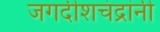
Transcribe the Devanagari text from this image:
जगदीशचंद्रांनी